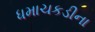
ધમાચકડીના